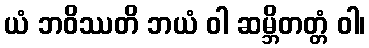
ယံ ဘဝိဿတိ ဘယံ ဝါ ဆမ္ဘိတတ္တံ ဝါ၊